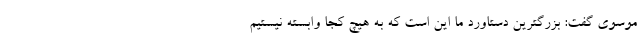
موسوی گفت: بزرگترین دستاورد ما این است که به هیچ کجا وابسته نیستیم